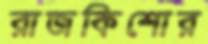
রাজকিশোর